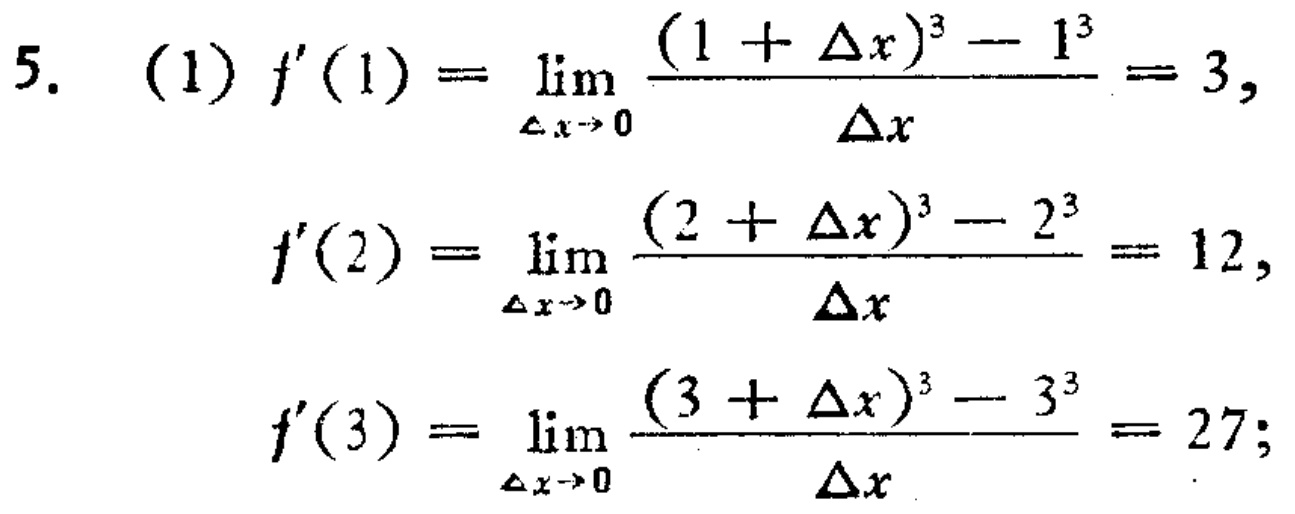
\[
\begin{align*}
5.\quad(1)\ f^{\prime}(1)&=\lim_{\Delta x\rightarrow0}\frac{(1 + \Delta x)^{3}-1^{3}}{\Delta x}=3,\\
f^{\prime}(2)&=\lim_{\Delta x\rightarrow0}\frac{(2 + \Delta x)^{3}-2^{3}}{\Delta x}=12,\\
f^{\prime}(3)&=\lim_{\Delta x\rightarrow0}\frac{(3 + \Delta x)^{3}-3^{3}}{\Delta x}=27;
\end{align*}
\]